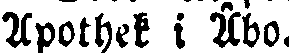
Apothek i Åbo.